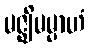
မဇ္ဈိမမ္ပာဟံ